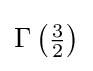
\Gamma \left({\tfrac {3}{2}}\right)